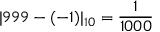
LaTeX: | 9 9 9 - ( - 1 ) | _ { 1 0 } = { \frac { 1 } { 1 0 0 0 } }